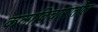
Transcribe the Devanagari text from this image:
कलाविचारातील